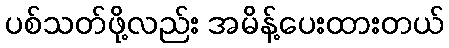
ပစ်သတ်ဖို့လည်း အမိန့်ပေးထားတယ်